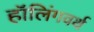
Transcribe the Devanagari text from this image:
हॉलिंगवर्थ